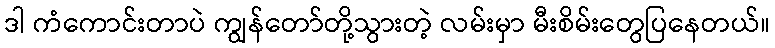
ဒါ ကံကောင်းတာပဲ ကျွန်တော်တို့သွားတဲ့ လမ်းမှာ မီးစိမ်းတွေပြနေတယ်။